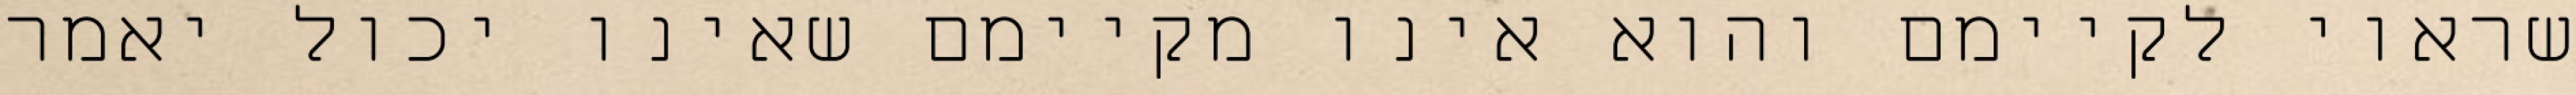
שראוי לקיימם והוא אינו מקיימם שאינו יכול יאמר